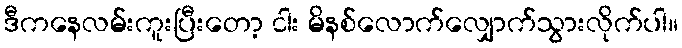
ဒီကနေလမ်းကူးပြီးတော့ ငါး မိနစ်လောက်လျှောက်သွားလိုက်ပါ။